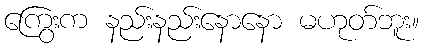
ကြွေးက နည်းနည်းနောနော မဟုတ်ဘူး။